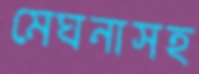
মেঘনাসহ